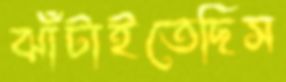
ঝাঁটাইতেছিস